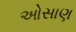
ઓસાણ